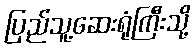
ပြည်သူ့ဆေးရုံကြီးသို့